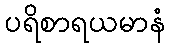
ပရိစာရယမာနံ